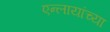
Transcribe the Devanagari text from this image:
एन्लायांच्या